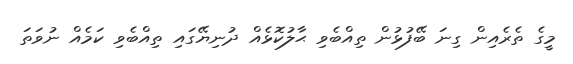
މީގެ ތެރެއިން ގިނަ ބޭފުޅުން ތިއްބެވި ޙާލުކޮޅެއް ދުނިޔޭގައި ތިއްބެވި ކަމެއް ނުވަތަ